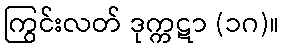
ကြွင်းလတ် ဒုက္ကဋာ (၁ဂ)။